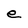
Character: e